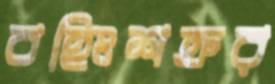
বহিঃশত্রুর